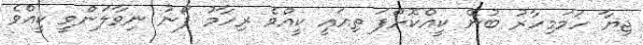
ޖިޔާ ހަމަމިހާރު ބުނޭ ކީއްކޮށްފަ ތިއައީ ކީއްވެ ރިހާމު ފޯނު ނިވާލަންވީ ކީއްވެ